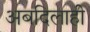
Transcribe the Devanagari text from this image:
अबदिलाही